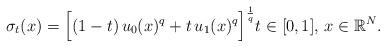
LaTeX: \begin{align*}\sigma_t(x)=\Big[(1-t)\, u_0(x)^q+t\, u_1(x)^q\Big]^\frac{1}{q}t\in[0,1],\,x\in\mathbb{R}^N.\end{align*}